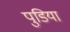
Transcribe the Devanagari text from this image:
पुडिया